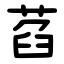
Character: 萏